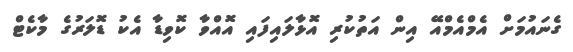
ގެނައުމަށް އެމްއެމްއޭ އިން އަތުކުރި އޮޅާލައިފައި އޮއްވާ ކޮވިޑާ އެކު ޑޮލަރުގެ މާކެޓް